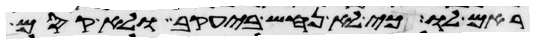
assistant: ראם לו כי לא נחש ביעקב ולא קסם